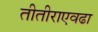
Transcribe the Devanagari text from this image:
तीतीराएवढा